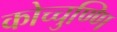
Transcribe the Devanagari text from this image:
कोच्चुण्णि